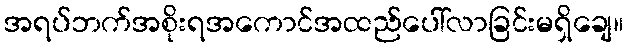
အရပ်ဘက်အစိုးရအကောင်အထည်ပေါ်လာခြင်းမရှိချေ။